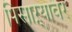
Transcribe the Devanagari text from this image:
पिसाऱ्यावर